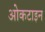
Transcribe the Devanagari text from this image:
ओकटाइन